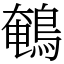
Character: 鵪